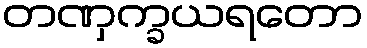
တဏှက္ခယရတော